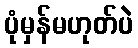
ပုံမှန်မဟုတ်ပဲ